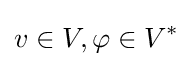
v\in V,\varphi \in V^{*}